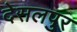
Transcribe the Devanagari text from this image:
देसलपुर